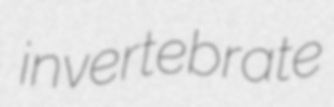
invertebrate